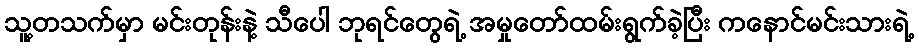
သူ့တသက်မှာ မင်းတုန်းနဲ့ သီပေါ ဘုရင်တွေရဲ့ အမှုတော်ထမ်းရွက်ခဲ့ပြီး ကနောင်မင်းသားရဲ့